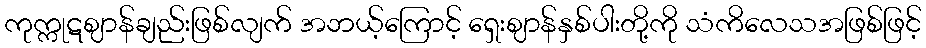
ကုက္ကုဋဈာန်ချည်းဖြစ်လျက် အဘယ့်ကြောင့် ရှေးဈာန်နှစ်ပါးတို့ကို သံကိလေသအဖြစ်ဖြင့်